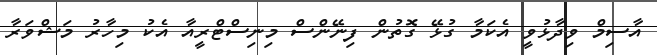
އާސިމް ވިދާޅުވީ އެކަމާ ގުޅޭ ގޮތުން ފިނޭންސް މިނިސްޓްރީއާ އެކު މިހާރު މަޝްވަރާ